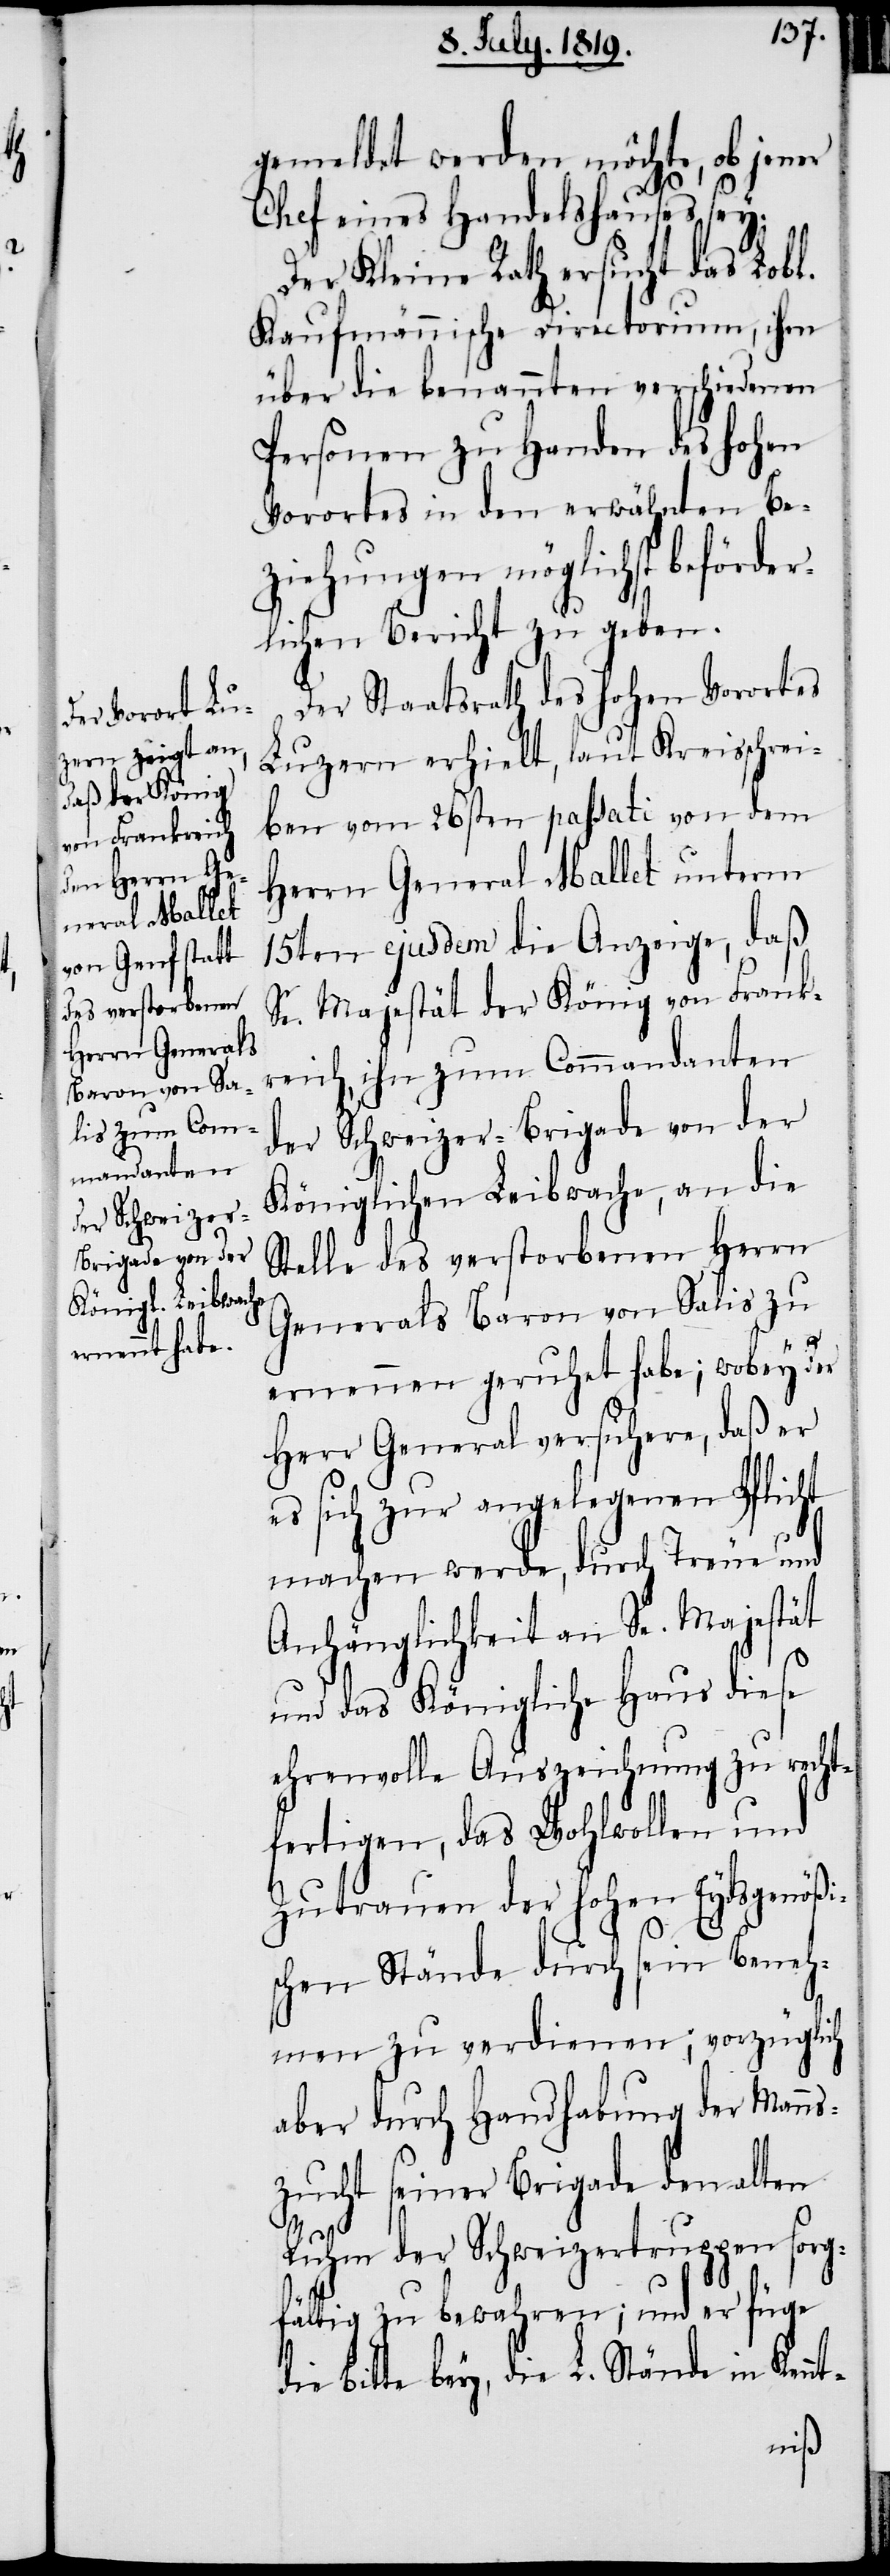
gemeldet werden möchte, ob jener
Chef eines Handelshauses sey.
Der Kleine Rath ersucht das Lobl.
Kaufmännische Directorium, ihm
über die benannten verschiedenen
Personen zu Handen des hohen
Vorortes in den erwähnten Be¬
ziehungen möglichst beförder¬
lichen Bericht zu geben.
Der Staatsrath des hohen Vorortes
Luzern erhielt, laut Kreisschrei¬
ben vom 26sten passati von dem
Herrn General Mallet unterm
15ten ejusdem die Anzeige, daß
Se. Majestät der König von Frank¬
reich, ihn zum Commandanten
der Schweizer-Brigade von der
königlichen Leibwache, an die
Stelle des verstorbenen Herrn
Generals Baron von Salis zu
ernennen geruhet habe; wobey der
Herr General versichere, daß er
es sich zur angelegenen Pflicht
machen werde, durch Treue und
Anhänglichkeit an Se. Majestät
und das Königliche Haus diese
ehrenvolle Auszeichnung zu recht¬
fertigen, das Wohlwollen und
Zutrauen der hohen Eydsgenößi¬
schen Stände durch sein Beneh¬
men zu verdienen; vorzüglich
aber durch Handhabung der Mann¬
szucht seiner Brigade den alten
Ruhm der Schweizertruppen sorg¬
fältig zu bewahren; und er füge
die Bitte bey, die L. Stände in Ken¬
nt-